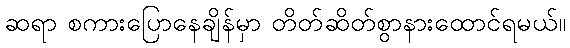
ဆရာ စကားပြောနေချိန်မှာ တိတ်ဆိတ်စွာနားထောင်ရမယ်။